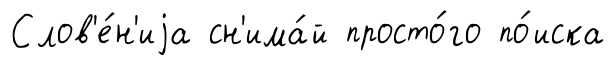
Слов'е́н'иjа сн'има́й просто́го по́иска